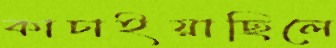
কাচাইয়াছিলে